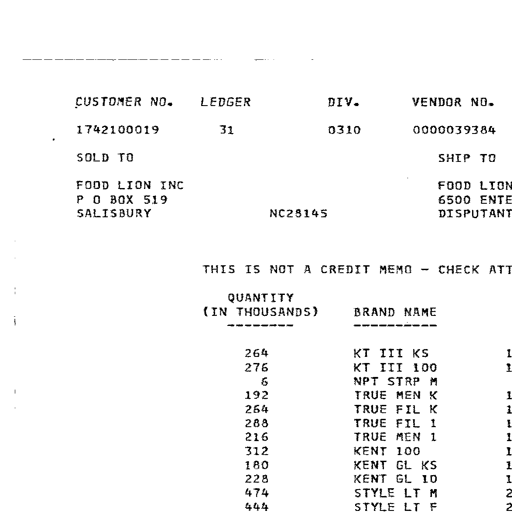
Transcript:
CUSTOMER NO. LEDGER DIV. VENDOR NO.
1742100019 31 0310 0000039384
SOLD TO SHIP TO
FOOD LION INC FOOD LION
P O BOX 519 6500 ENTE
SALISBURY NC28145 DISPUTANT
THIS IS NOT A CREDIT MEMO - CHECK ATT
QUANTITY
(IN THOUSANDS) BRAND NAME
---------- ----------
264 KT III KS
276 KT III 100
6 NPT STRP M
192 TRUE MEN K
264 TRUE FIL K
288 TRUE FIL 1
216 TRUE MEN 1
312 KENT 100
180 KENT GL KS
228 KENT GL 10
474 STYLE LT M
444 STYLE LT F